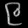
Digit: ၉